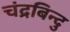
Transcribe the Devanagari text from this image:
चंद्रबिन्दु